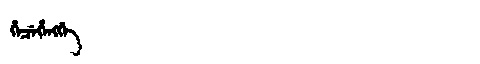
Manchu: ᡥᡝᠴᡝᡥᡝᠩᡤᡝ
Romanization: HECEHENGGE